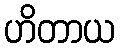
ဟိတာယ